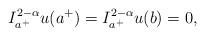
LaTeX: \begin{align*}I_{a^{+}}^{2-\alpha}u(a^{+})=I_{a^{+}}^{2-\alpha}u(b)=0,\end{align*}